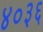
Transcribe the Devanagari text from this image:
४०३६